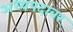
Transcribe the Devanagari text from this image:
अध्यपदावर